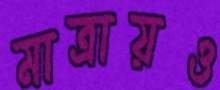
মাত্রায়ও